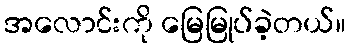
အလောင်းကို မြေမြုပ်ခဲ့တယ်။